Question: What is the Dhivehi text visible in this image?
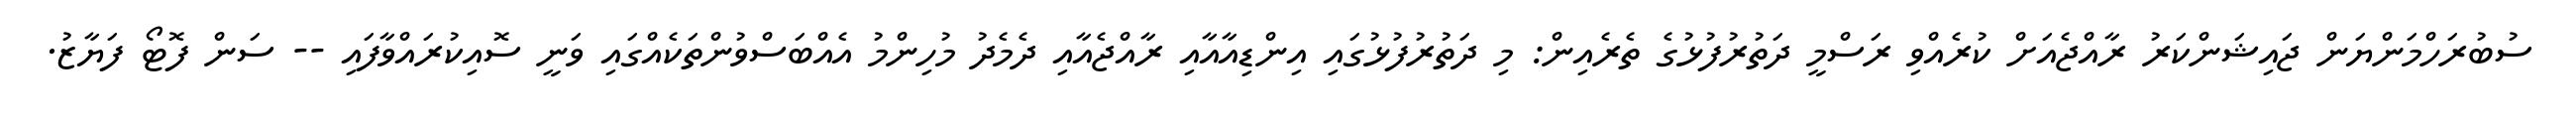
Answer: ސުބުރަހްމަންޔަން ޖައިޝަންކަރު ރާއްޖެއަށް ކުރެއްވި ރަސްމީ ދަތުރުފުޅުގެ ތެރެއިން: މި ދަތުރުފުޅުގައި އިންޑިއާއާއި ރާއްޖެއާއި ދެމެދު މުހިންމު އެއްބަސްވުންތަކެއްގައި ވަނީ ސޮއިކުރައްވާފައި -- ސަން ފޮޓޯ ފަޔާޒު.